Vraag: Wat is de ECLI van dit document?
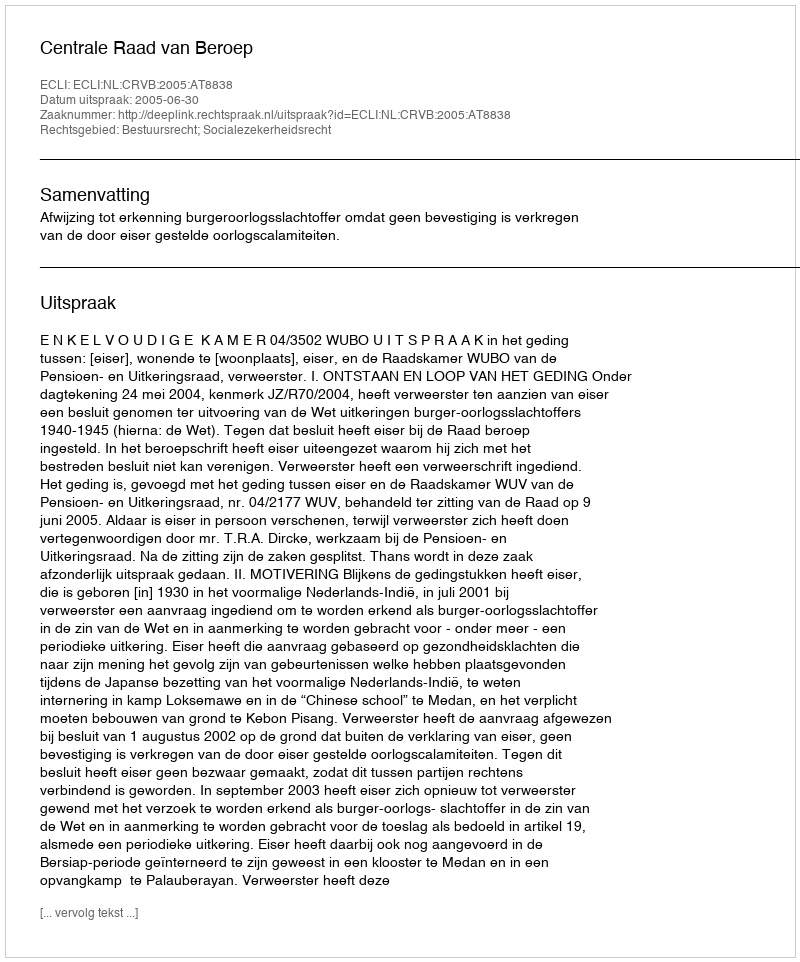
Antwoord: ECLI:NL:CRVB:2005:AT8838